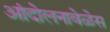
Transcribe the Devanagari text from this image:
आंदोलनावेळेस